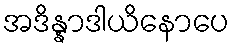
အဒိန္နာဒါယိနောပေ